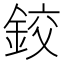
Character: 鉸